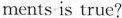
ments is true?